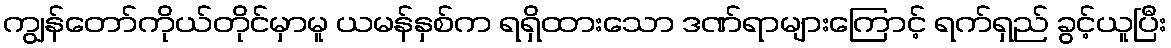
ကျွန်တော်ကိုယ်တိုင်မှာမူ ယမန်နှစ်က ရရှိထားသော ဒဏ်ရာများကြောင့် ရက်ရှည် ခွင့်ယူပြီး